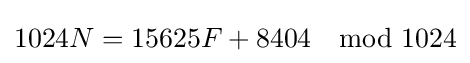
1024N=15625F+8404\mod 1024